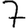
Digit: 7